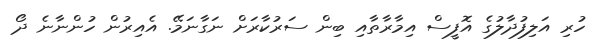
ހުރި އަލިފުދާލުގެ އޮފީސް އިމާރާތާއި ބިން ސަރުކާރަށް ނަގާނަމޭ. އެއިރުން ހުންނާނެ ދޯ